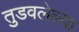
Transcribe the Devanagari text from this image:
तुडवलेल्या